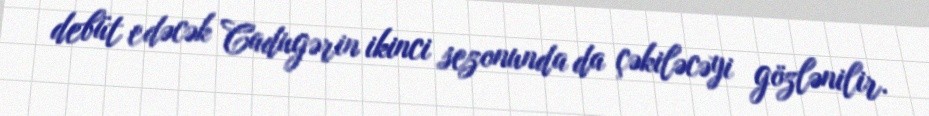
debüt edəcək Cadugərin ikinci sezonunda da çəkiləcəyi gözlənilir.